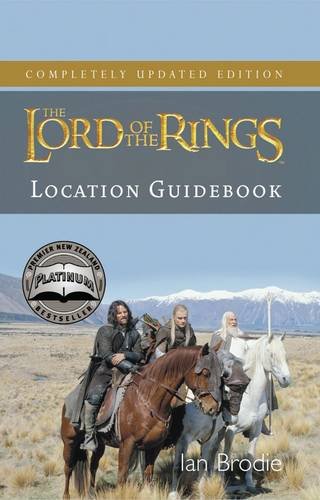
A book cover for Lord of the Rings Location Guidebook; Ian Brodie; Travel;